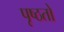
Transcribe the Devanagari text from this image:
पृष्ठतो